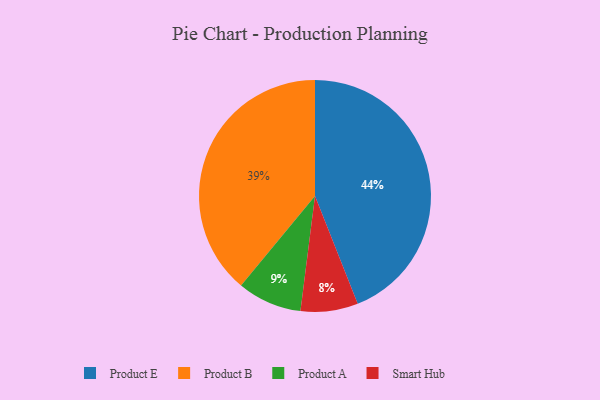
{"axis": {"x": "Category", "y": "Percentage"}, "legend": ["Product A", "Product B", "Product E", "Smart Hub"], "data": [{"x": "Product E", "y": 44, "type": "Product E"}, {"x": "Product B", "y": 39, "type": "Product B"}, {"x": "Smart Hub", "y": 8, "type": "Smart Hub"}, {"x": "Product A", "y": 9, "type": "Product A"}]}